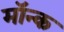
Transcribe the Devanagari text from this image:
मॉन्क